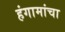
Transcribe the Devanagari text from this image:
हंगामांचा